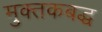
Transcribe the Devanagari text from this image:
मुक्तकबद्ध